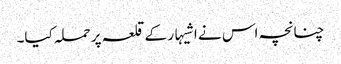
چنانچہ اس نے اشیہار کے قلعہ پر حملہ کیا۔